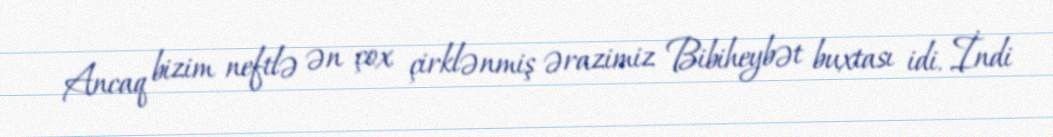
Ancaq bizim neftlə ən çox çirklənmiş ərazimiz Bibiheybət buxtası idi. İndi